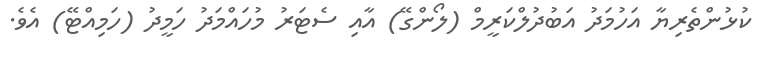
ކުޅުންތެރިޔާ އަހުމަދު އަބުދުލްކަރީމް (ލޯންގޭ) އާއި ސެޓަރު މުހައްމަދު ހަމީދު (ހަމިއްޓޭ) އެވެ.